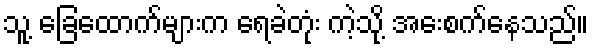
သူ့ ခြေထောက်များက ရေခဲတုံး ကဲ့သို့ အေးစက်နေသည်။